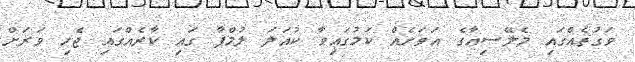
ވަގުތެއްގައި މެލޭސިއާގެ އަވަށެއް ކަމުގައިވާ ކުއަލަ ލުމްޕާ ގައި ކާރެއްގައި ޖެހި ވަރަށް